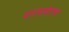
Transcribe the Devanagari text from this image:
दारासमोरचा